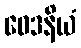
ဝေဒနိယံ